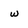
Character: w